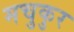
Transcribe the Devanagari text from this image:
मचुकुर